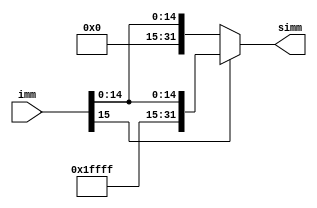
`timescale 1ns / 1ps
//////////////////////////////////////////////////////////////////////////////////
// Company: 
// Engineer: 
// 
// Design Name: 
// Module Name: SE
// Project Name: 
// Target Devices: 
// Tool Versions: 
// Description: 
// 
// Dependencies: 
// 
// Revision:
// Revision 0.01 - File Created
// Additional Comments:
// 
//////////////////////////////////////////////////////////////////////////////////


//SIGN EXTENDER
module SE #(parameter WLin=16, WLout=32)
(input[WLin-1:0] imm, output reg signed[WLout-1:0] simm);

    reg[WLout-WLin-1:0] ext = 0;
    always @(*) simm <= imm[WLin-1]? {~ext, imm}:{ext, imm};
endmodule